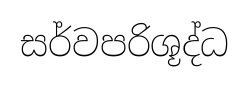
සර්වපරිශූද්ධ